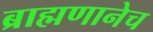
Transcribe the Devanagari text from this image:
ब्राह्मणानेच